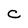
Character: C